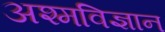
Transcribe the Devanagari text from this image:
अश्मविज्ञान